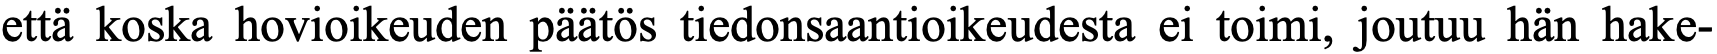
että koska hovioikeuden päätös tiedonsaantioikeudesta ei toimi, joutuu hän hake-